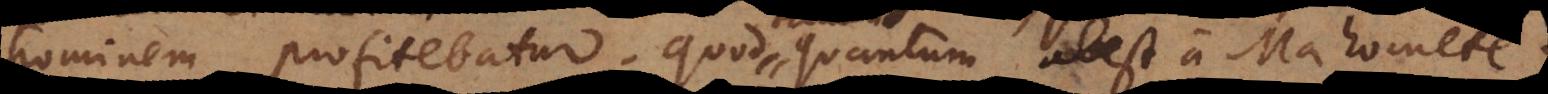
hominem profitebatur; quod quantum abest a Mahomete!